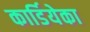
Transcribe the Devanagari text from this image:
कार्डियेका